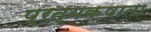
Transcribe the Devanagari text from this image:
प्रत्यक्षाता